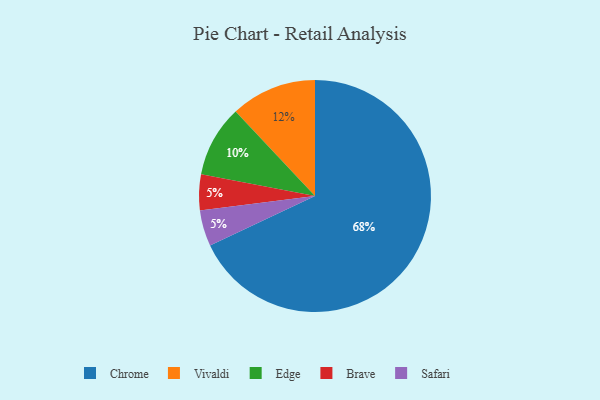
{"axis": {"x": "Category", "y": "Percentage"}, "legend": ["Brave", "Chrome", "Edge", "Safari", "Vivaldi"], "data": [{"x": "Chrome", "y": 68, "type": "Chrome"}, {"x": "Brave", "y": 5, "type": "Brave"}, {"x": "Vivaldi", "y": 12, "type": "Vivaldi"}, {"x": "Edge", "y": 10, "type": "Edge"}, {"x": "Safari", "y": 5, "type": "Safari"}]}